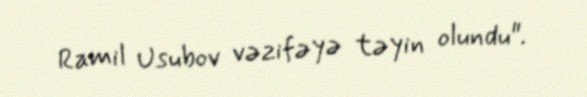
Ramil Usubov vəzifəyə təyin olundu".